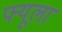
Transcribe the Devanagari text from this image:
फ्यूला